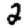
Digit: 2